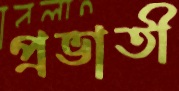
প্রভাতী